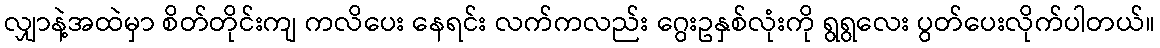
လျှာနဲ့အထဲမှာ စိတ်တိုင်းကျ ကလိပေး နေရင်း လက်ကလည်း ဂွေးဥနှစ်လုံးကို ရွရွလေး ပွတ်ပေးလိုက်ပါတယ်။